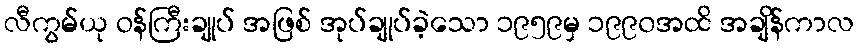
လီကွမ်ယု ဝန်ကြီးချုပ် အဖြစ် အုပ်ချုပ်ခဲ့သော ၁၉၅၉မှ ၁၉၉၀အထိ အချိန်ကာလ